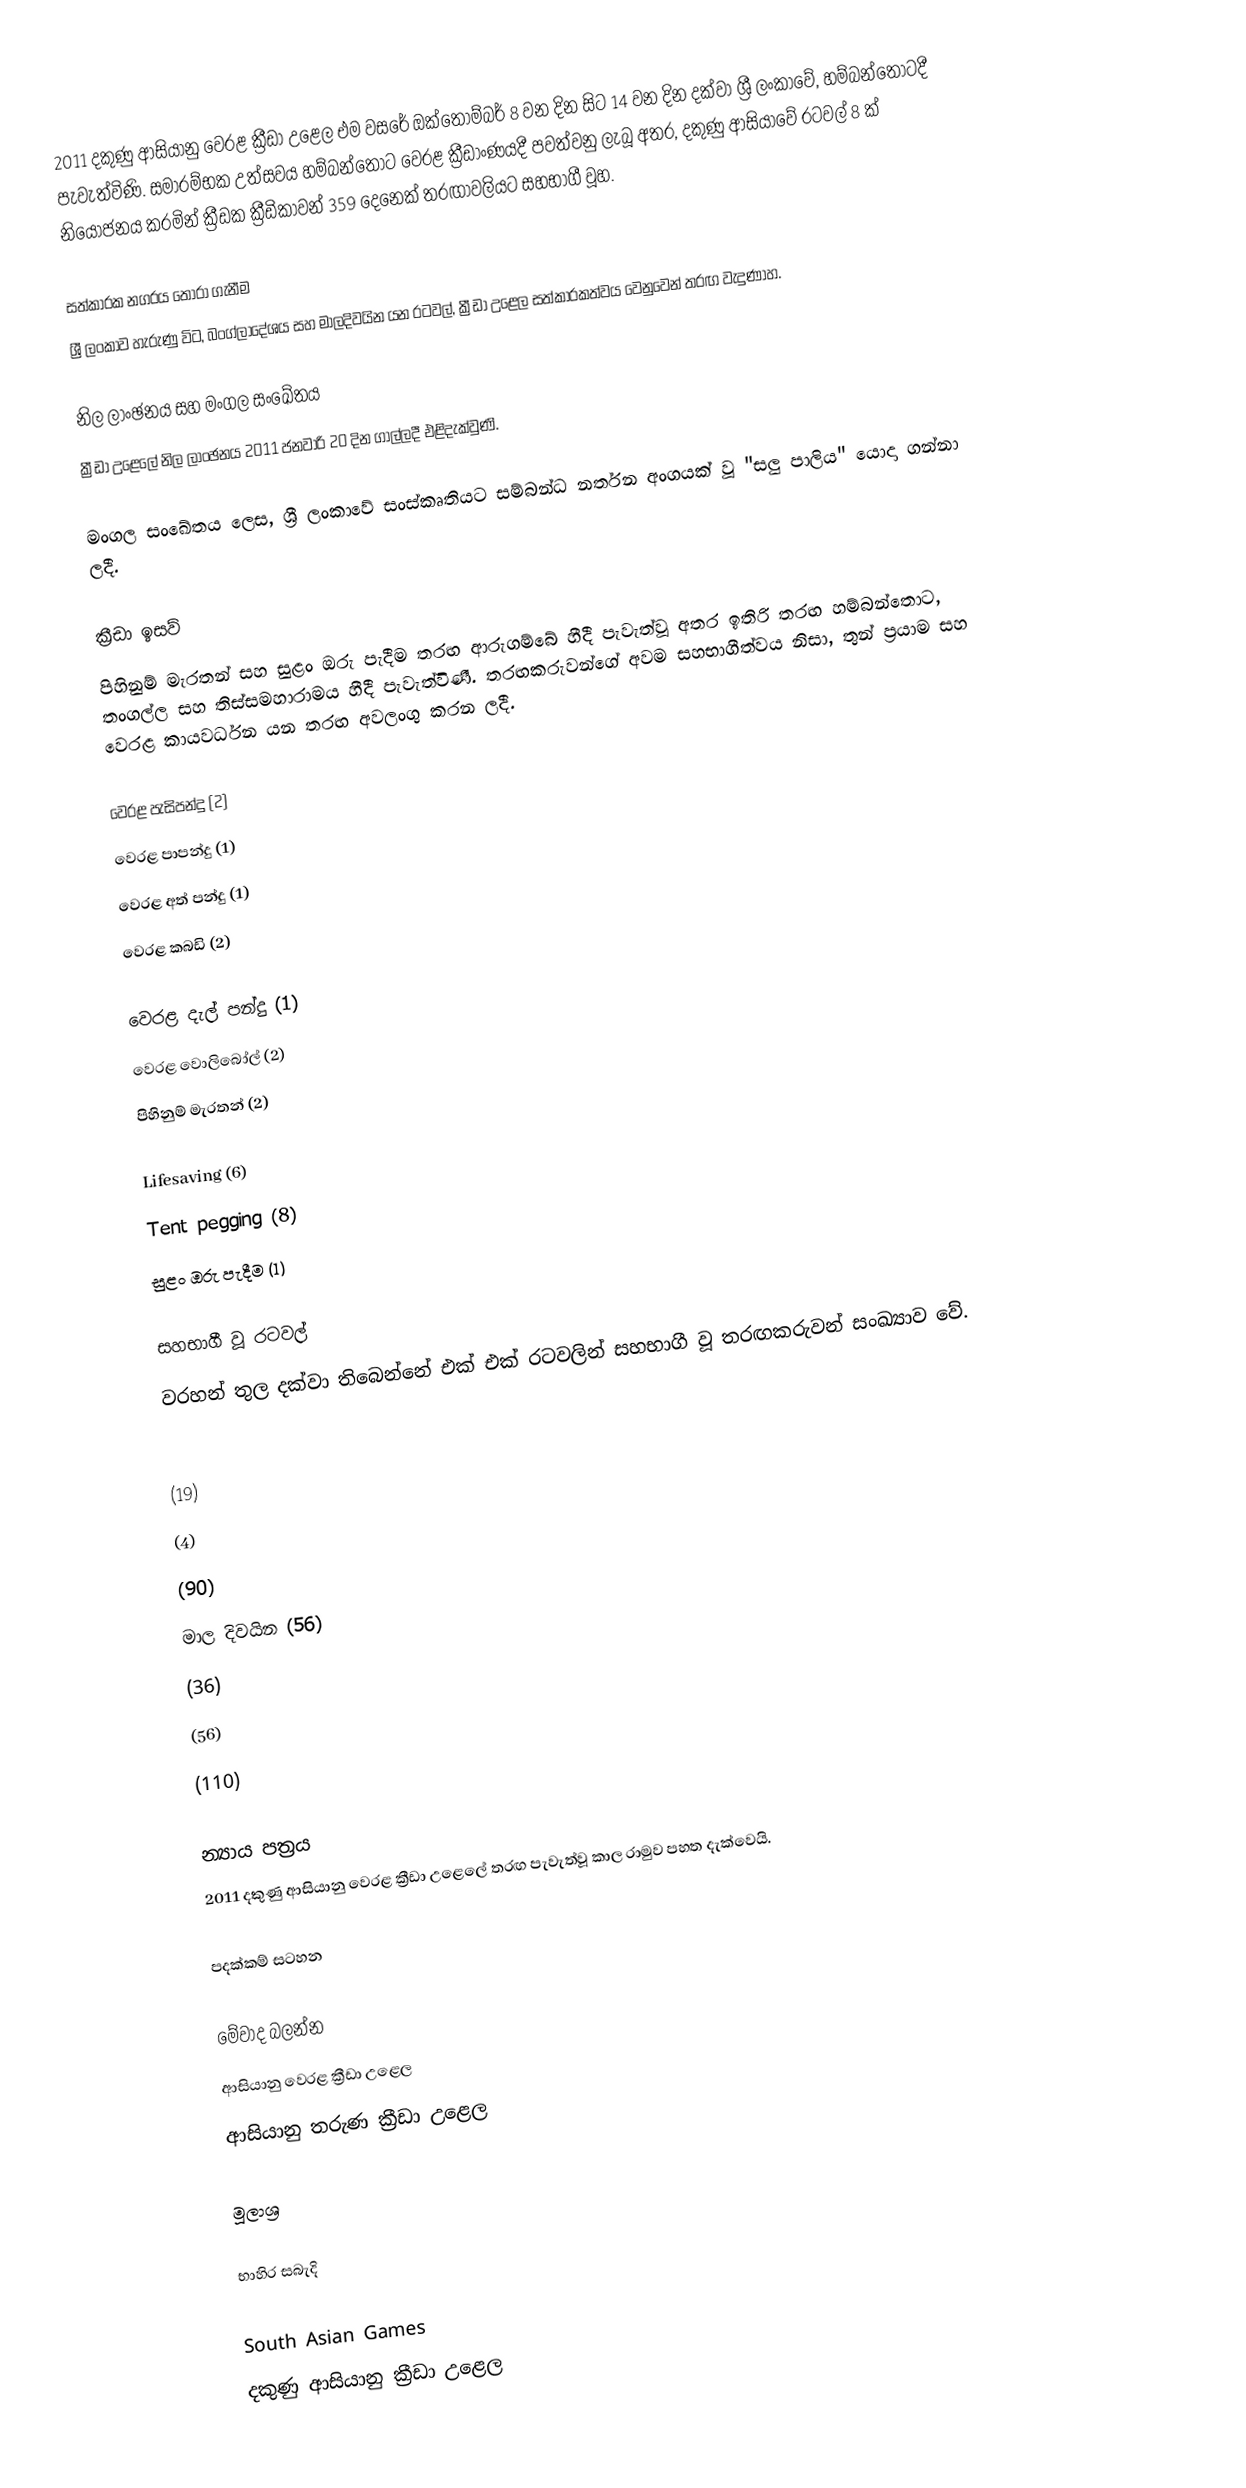
2011 දකුණු ආසියානු වෙරළ ක්‍රීඩා උළෙල එම වසරේ ඔක්තෝම්බර් 8 වන දින සිට 14 වන දින දක්වා ශ්‍රී ලංකාවේ, හම්බන්තොටදී පැවැත්විණි. සමාරම්භක උත්සවය හම්බන්තොට වෙරළ ක්‍රීඩාංණයදී පවත්වනු ලැබූ අතර, දකුණු ආසියාවේ රටවල් 8 ක් නියෝජනය කරමින් ක්‍රීඩක ක්‍රීඩිකාවන් 359 දෙනෙක් තරඟාවලියට සහභාගී වූහ.

සත්කාරක නගරය තෝරා ගැනීම
ශ්‍රී ලංකාව හැරුණු විට, බංග්ලාදේශය සහ මාලදිවයින යන රටවල්, ක්‍රීඩා උළෙල සත්කාරකත්වය වෙනුවෙන් තරඟ වැදුණාහ.

නිල ලාංඡනය සහ මංගල සංඛේතය
ක්‍රීඩා උළෙලේ නිල ලාංඡනය 2011 ජනවාරි 20 දින ගාල්ලදී එළිදැක්වුණි.

මංගල සංඛේතය ලෙස, ශ්‍රී ලංකාවේ සංස්කෘතියට සම්බන්ධ නර්තන අංගයක් වූ "සලු පාලිය" යොදා ගන්නා ලදී.

ක්‍රීඩා ඉසව්
පිහිනුම් මැරතන් සහ  සුළං ඔරු පැදීම තරඟ ආරුගම්බේ හීදී පැවැත්වූ අතර ඉතිරි තරඟ හම්බන්තොට, තංගල්ල සහ තිස්සමහාරාමය හීදී පැවැත්විණී. තරඟකරුවන්ගේ අවම සහභාගීත්වය නිසා, තුන් ප්‍රයාම සහ වෙරළ කායවර්ධන යන තරඟ අවලංගු කරන ලදී.

  වෙරළ පැසිපන්දු (2)
  වෙරළ පාපන්දු (1)
  වෙරළ අත් පන්දු (1)
  වෙරළ කබඩි (2)

  වෙරළ දැල් පන්දු (1)
  වෙරළ වොලිබෝල්  (2)
  පිහිනුම් මැරතන් (2)

  Lifesaving (6)
  Tent pegging (8)
  සුළං ඔරු පැදීම (1)

සහභාගී වූ රටවල්
වරහන් තුල දක්වා තිබෙන්නේ එක් එක් රටවලින් සහභාගී වූ තරඟකරුවන් සංඛ්‍යාව වේ.

  (19)
 (4)
  (90)
 මාල දිවයින  (56)
  (36)
 (56)
  (110)

න්‍යාය පත්‍රය
2011 දකුණු ආසියානු වෙරළ ක්‍රීඩා උළෙලේ තරඟ පැවැත්වූ කාල රාමුව පහත දැක්වෙයි.

පදක්කම් සටහන

මේවාද බලන්න
ආසියානු වෙරළ ක්‍රීඩා උළෙල
ආසියානු තරුණ ක්‍රීඩා උළෙල

මූලාශ්‍ර

භාහිර සබැදි

South Asian Games
දකුණු ආසියානු ක්‍රීඩා උළෙල